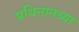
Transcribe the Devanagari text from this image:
प्रथिनानच्या